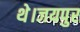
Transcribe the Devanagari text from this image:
थे।जयपुर